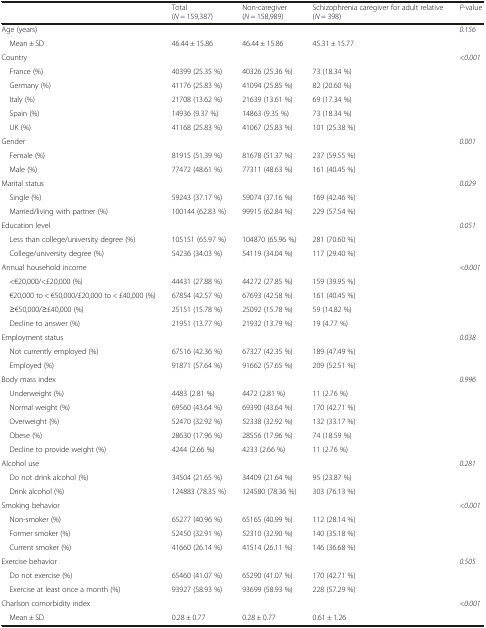
<table><thead><tr><td rowspan="2"></td><td><b>Total</b></td><td><b>Non-caregiver</b></td><td><b>Schizophrenia caregiver for adult relative</b></td><td rowspan="2"><b><i>P</i>-value</b></td></tr><tr><td><b>(<i>N</i> = 159,387)</b></td><td><b>(<i>N</i> = 158,989)</b></td><td><b>(<i>N</i> = 398)</b></td></tr></thead><tbody><tr><td>Age (years)</td><td></td><td></td><td></td><td><i>0.156</i></td></tr><tr><td> Mean ± SD</td><td>46.44 ± 15.86</td><td>46.44 ± 15.86</td><td>45.31 ± 15.77</td><td></td></tr><tr><td>Country</td><td></td><td></td><td></td><td><i>&lt;0.001</i></td></tr><tr><td> France (%)</td><td>40399 (25.35 %)</td><td>40326 (25.36 %)</td><td>73 (18.34 %)</td><td></td></tr><tr><td> Germany (%)</td><td>41176 (25.83 %)</td><td>41094 (25.85 %)</td><td>82 (20.60 %)</td><td></td></tr><tr><td> Italy (%)</td><td>21708 (13.62 %)</td><td>21639 (13.61 %)</td><td>69 (17.34 %)</td><td></td></tr><tr><td> Spain (%)</td><td>14936 (9.37 %)</td><td>14863 (9.35 %)</td><td>73 (18.34 %)</td><td></td></tr><tr><td> UK (%)</td><td>41168 (25.83 %)</td><td>41067 (25.83 %)</td><td>101 (25.38 %)</td><td></td></tr><tr><td>Gender</td><td></td><td></td><td></td><td><i>0.001</i></td></tr><tr><td> Female (%)</td><td>81915 (51.39 %)</td><td>81678 (51.37 %)</td><td>237 (59.55 %)</td><td></td></tr><tr><td> Male (%)</td><td>77472 (48.61 %)</td><td>77311 (48.63 %)</td><td>161 (40.45 %)</td><td></td></tr><tr><td>Marital status</td><td></td><td></td><td></td><td><i>0.029</i></td></tr><tr><td> Single (%)</td><td>59243 (37.17 %)</td><td>59074 (37.16 %)</td><td>169 (42.46 %)</td><td></td></tr><tr><td> Married/living with partner (%)</td><td>100144 (62.83 %)</td><td>99915 (62.84 %)</td><td>229 (57.54 %)</td><td></td></tr><tr><td>Education level</td><td></td><td></td><td></td><td><i>0.051</i></td></tr><tr><td> Less than college/university degree (%)</td><td>105151 (65.97 %)</td><td>104870 (65.96 %)</td><td>281 (70.60 %)</td><td></td></tr><tr><td> College/university degree (%)</td><td>54236 (34.03 %)</td><td>54119 (34.04 %)</td><td>117 (29.40 %)</td><td></td></tr><tr><td>Annual household income</td><td></td><td></td><td></td><td><i>&lt;0.001</i></td></tr><tr><td> &lt;€20,000/&lt;£20,000 (%)</td><td>44431 (27.88 %)</td><td>44272 (27.85 %)</td><td>159 (39.95 %)</td><td></td></tr><tr><td> €20,000 to &lt; €50,000/£20,000 to &lt; £40,000 (%)</td><td>67854 (42.57 %)</td><td>67693 (42.58 %)</td><td>161 (40.45 %)</td><td></td></tr><tr><td> ≥€50,000/≥£40,000 (%)</td><td>25151 (15.78 %)</td><td>25092 (15.78 %)</td><td>59 (14.82 %)</td><td></td></tr><tr><td> Decline to answer (%)</td><td>21951 (13.77 %)</td><td>21932 (13.79 %)</td><td>19 (4.77 %)</td><td></td></tr><tr><td>Employment status</td><td></td><td></td><td></td><td><i>0.038</i></td></tr><tr><td> Not currently employed (%)</td><td>67516 (42.36 %)</td><td>67327 (42.35 %)</td><td>189 (47.49 %)</td><td></td></tr><tr><td> Employed (%)</td><td>91871 (57.64 %)</td><td>91662 (57.65 %)</td><td>209 (52.51 %)</td><td></td></tr><tr><td>Body mass index</td><td></td><td></td><td></td><td><i>0.996</i></td></tr><tr><td> Underweight (%)</td><td>4483 (2.81 %)</td><td>4472 (2.81 %)</td><td>11 (2.76 %)</td><td></td></tr><tr><td> Normal weight (%)</td><td>69560 (43.64 %)</td><td>69390 (43.64 %)</td><td>170 (42.71 %)</td><td></td></tr><tr><td> Overweight (%)</td><td>52470 (32.92 %)</td><td>52338 (32.92 %)</td><td>132 (33.17 %)</td><td></td></tr><tr><td> Obese (%)</td><td>28630 (17.96 %)</td><td>28556 (17.96 %)</td><td>74 (18.59 %)</td><td></td></tr><tr><td> Decline to provide weight (%)</td><td>4244 (2.66 %)</td><td>4233 (2.66 %)</td><td>11 (2.76 %)</td><td></td></tr><tr><td>Alcohol use</td><td></td><td></td><td></td><td><i>0.281</i></td></tr><tr><td> Do not drink alcohol (%)</td><td>34504 (21.65 %)</td><td>34409 (21.64 %)</td><td>95 (23.87 %)</td><td></td></tr><tr><td> Drink alcohol (%)</td><td>124883 (78.35 %)</td><td>124580 (78.36 %)</td><td>303 (76.13 %)</td><td></td></tr><tr><td>Smoking behavior</td><td></td><td></td><td></td><td><i>&lt;0.001</i></td></tr><tr><td> Non-smoker (%)</td><td>65277 (40.96 %)</td><td>65165 (40.99 %)</td><td>112 (28.14 %)</td><td></td></tr><tr><td> Former smoker (%)</td><td>52450 (32.91 %)</td><td>52310 (32.90 %)</td><td>140 (35.18 %)</td><td></td></tr><tr><td> Current smoker (%)</td><td>41660 (26.14 %)</td><td>41514 (26.11 %)</td><td>146 (36.68 %)</td><td></td></tr><tr><td>Exercise behavior</td><td></td><td></td><td></td><td><i>0.505</i></td></tr><tr><td> Do not exercise (%)</td><td>65460 (41.07 %)</td><td>65290 (41.07 %)</td><td>170 (42.71 %)</td><td></td></tr><tr><td> Exercise at least once a month (%)</td><td>93927 (58.93 %)</td><td>93699 (58.93 %)</td><td>228 (57.29 %)</td><td></td></tr><tr><td>Charlson comorbidity index</td><td></td><td></td><td></td><td><i>&lt;0.001</i></td></tr><tr><td> Mean ± SD</td><td>0.28 ± 0.77</td><td>0.28 ± 0.77</td><td>0.61 ± 1.26</td><td></td></tr></tbody></table>